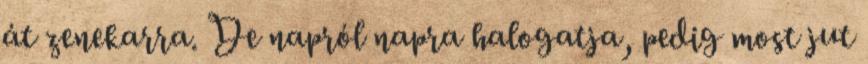
át zenekarra. De napról napra halogatja, pedig most jut